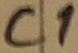
Text: C1